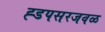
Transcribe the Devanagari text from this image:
ह्डपसरजवळ